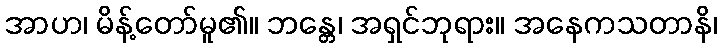
အာဟ၊ မိန့်တော်မူ၏။ ဘန္တေ၊ အရှင်ဘုရား။ အနေကသတာနိ၊